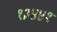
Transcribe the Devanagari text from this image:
१३४४१